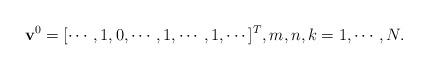
LaTeX: \begin{align*}\mathbf{v}^{0}=[\cdots, 1, 0, \cdots, 1, \cdots, 1, \cdots]^{T}, m,n,k=1,\cdots,N.\end{align*}